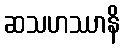
ဆသဟဿာနိ